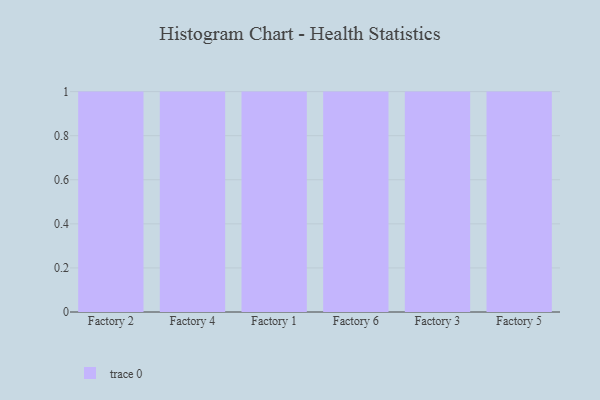
{"axis": {"x": "Factory", "y": "Headcount"}, "legend": [""], "data": [{"x": "Factory 2", "y": 96, "type": ""}, {"x": "Factory 4", "y": 45, "type": ""}, {"x": "Factory 1", "y": 87, "type": ""}, {"x": "Factory 6", "y": 27, "type": ""}, {"x": "Factory 3", "y": 13, "type": ""}, {"x": "Factory 5", "y": 39, "type": ""}]}